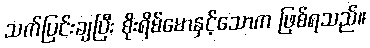
သက်ပြင်းချပြီး စိုးရိမ်မောနှင့်သောက ဖြစ်ရသည်။